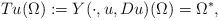
LaTeX: \begin{align*}Tu(\Omega):=Y(\cdot,u,Du)(\Omega)=\Omega^*,\end{align*}